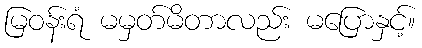
မြဝန်းရံ မမှတ်မိတာလည်း မပြောနှင့်။